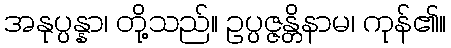
အနုပ္ပန္နာ၊ တို့သည်။ ဥပ္ပဇ္ဇန္တိနာမ၊ ကုန်၏။